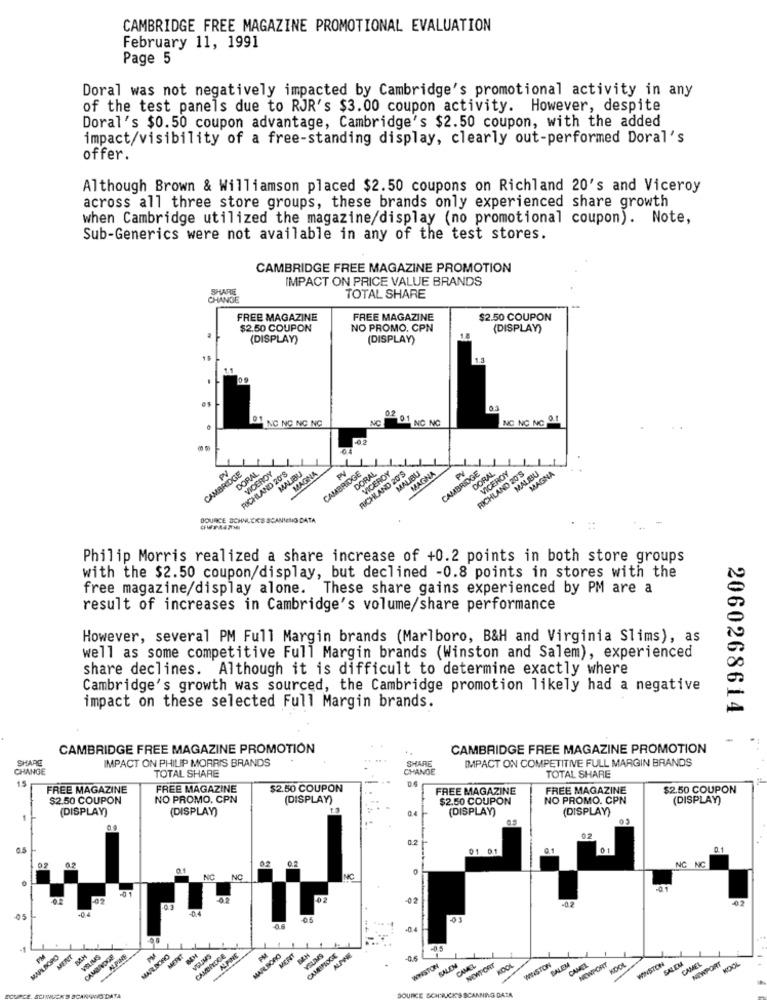
CAMBRIDGE FREE MAGAZINE PROMOTIONAL EVALUATION
February 11, 1991
Page 5
Doral was not negatively impacted by Cambridge's promotional activity in any
of the test panels due to RJR's $3.00 coupon activity. However, despite
Doral's $0.50 coupon advantage, Cambridge's $2.50 coupon, with the added
impact/visibility of a free-standing display, clearly out-performed Doral's
offer.
Although Brown & Williamson placed $2.50 coupons on Richland 20's and Viceroy
across all three store groups, these brands only experienced share growth
when Cambridge utilized the magazine/display (no promotional coupon). Note,
Sub-Generics were not available in any of the test stores.
CAMBRIDGE FREE MAGAZINE PROMOTION
IMPACT ON PRICE VALUE BRANDS
SHARE
CHANGE
TOTAL SHARE
FREE MAGAZINE
FREE MAGAZINE
$2.50 COUPON
$2.50 COUPON
NO PROMO, CPN
(DISPLAY)
(DISPLAY)
(DISPLAY)
0.2
91
NC NC NC NC
NC
NC NC NC 0.1
201 NC NO
CAMBRIDGE
PV
DORAL
RICHLAND 20'S
VICEROY
MALIBU
MAGNA
CAMBRIDGE
PV
DORAL
RICHLAND 20'S
VICEROY
MALIBU
MAGNA
CAMBRIDGE
DORAL
RICHLAND 20'S
VICEROY
MALIBU
MAGNA
SOURCE SCHNLEKS SCANING BATA
Philip Morris realized a share increase of +0.2 points in both store groups
with the $2.50 coupon/display, but declined -0.8 points in stores with the
free magazine/display alone. These share gains experienced by PM are a
result of increases in Cambridge's volume/share performance
However, several PM Full Margin brands (Marlboro, B&H and Virginia Slims), as
well as some competitive Full Margin brands (Winston and Salem), experienced
share declines. Although it is difficult to determine exactly where
Cambridge's growth was sourced, the Cambridge promotion likely had a negative
impact on these selected Full Margin brands.
2060268614
CAMBRIDGE FREE MAGAZINE PROMOTION
CAMBRIDGE FREE MAGAZINE PROMOTION
SHARE
IMPACT ON PHILIP MORRIS BRANDS
SHARE
IMPACT ON COMPETITIVE FULL MARGIN BRANDS
CHANGE
CHANGE
1.5
TOTAL SHARE
TOTAL SHARE
FREE MAGAZINE
FREE MAGAZINE
$2.50 COUPON
FREE MAGAZINE
FREE MAGAZINE
$2.50 COUPON
$2.50 COUPON
NO PROMO, CPN
(DISPLAY)
$2.50 COUPON
NO PROMO. CPN
(DISPLAY)
(DISPLAY)
(DISPLAY)
1.3
(DISPLAY)
(DISPLAY)
05
01 01
01
NC NC
-02
03
MARLBORO
PM
MENT
VOLIMS
CAMBINOGE
MARLBORO
MERET
VSUMS
CAMBRIDGE
ALPINE
MARK BORO
MERIT
VSUMS
WWSTOR
SALEM
CAMEL
NEWPORT
WINSTON
SALEM
CAVA
NEWPORT
WINSTON
CAMEL
NEWPORT
KOOL